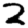
Digit: 2